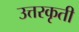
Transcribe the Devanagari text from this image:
उत्तरकृती